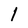
Character: 1